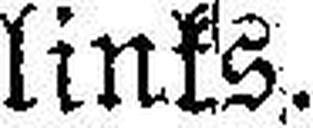
links.